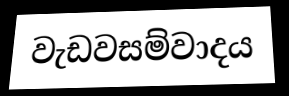
වැඩවසම්වාදය